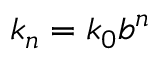
k _ { n } = k _ { 0 } b ^ { n }